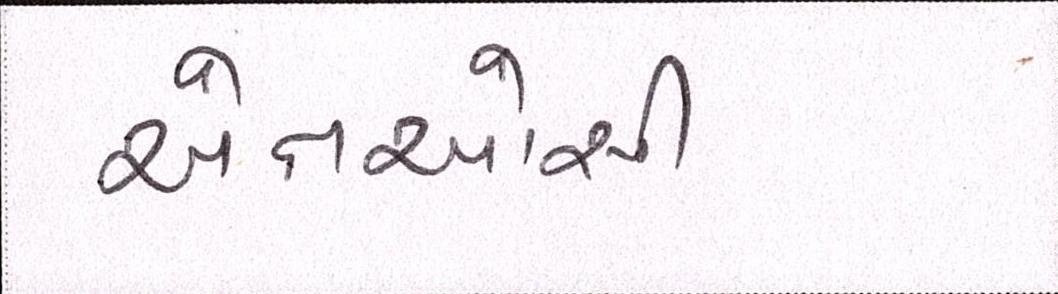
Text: એનઓસી